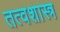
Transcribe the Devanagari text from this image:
तत्वशास्त्र